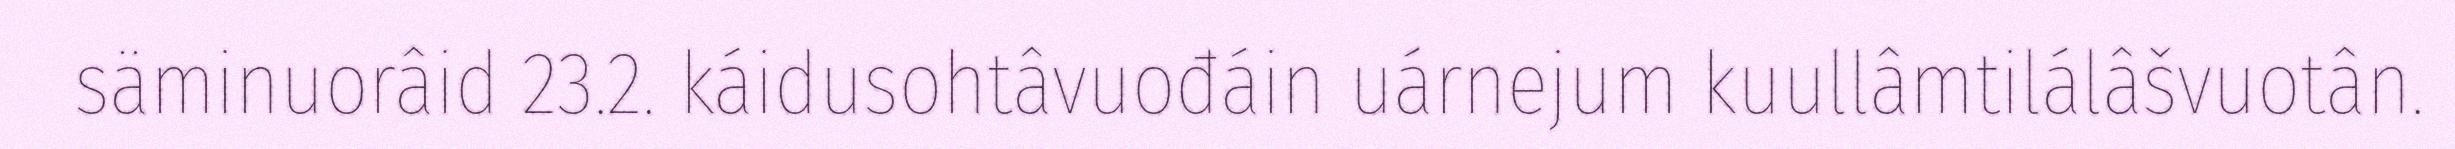
säminuorâid 23.2. káidusohtâvuođáin uárnejum kuullâmtilálâšvuotân.